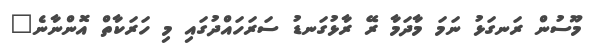
މޫސުން ރަނގަޅު ނަމަ މާދަމާ ރޭ ރާޅުގަނޑު ސަރަހައްދުގައި މި ހަރަކާތް އޮންނާނެ"